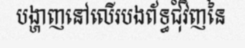
បង្ហាញនៅលើរបងព័ទ្ធជុំវិញនៃ